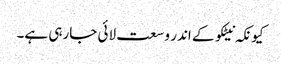
کیونکہ نیٹکو کے اندر وسعت لائی جارہی ہے۔